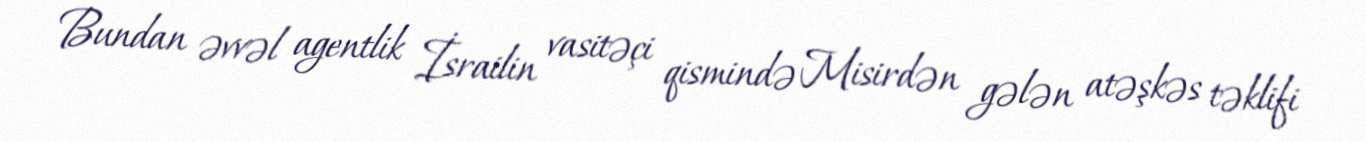
Bundan əvvəl agentlik İsrailin vasitəçi qismində Misirdən gələn atəşkəs təklifi